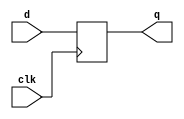
`timescale 1ns / 1ps
//////////////////////////////////////////////////////////////////////////////////
// Company: 
// Engineer: 
// 
// Design Name: 
// Module Name:    PC_Register 
// Project Name: 
// Target Devices: 
// Tool versions: 
// Description: 
//
// Dependencies: 
//
// Revision: 
// Revision 0.01 - File Created
// Additional Comments: 
//
//////////////////////////////////////////////////////////////////////////////////
module PC_Register(
    input clk,
    input [31:0] d,
    output reg [31:0] q
    );
	 
	always@(posedge clk)
			q <= d;

endmodule